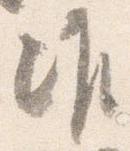
准